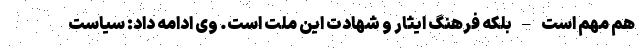
هم مهم است – بلکه فرهنگ ایثار و شهادت این ملت است. وی ادامه داد: سیاست